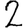
Digit: 2